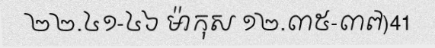
២២.៤១-៤៦ ម៉ាកុស ១២.៣៥-៣៧)41